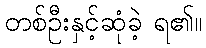
တစ်ဦးနှင့်ဆုံခဲ့ ရ၏။